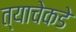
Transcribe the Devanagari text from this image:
त्याचेकडे